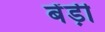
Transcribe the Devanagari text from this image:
बेंड़ी